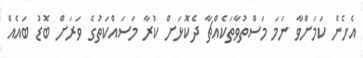
އެހެން ކަމަށްވާ ނަމަ މަސްތުވާތަކެއްޗާ ދެކޮޅަށް ކުރާ މަސައްކަތުގެ ވަރަށް ބޮޑު ބައެއް